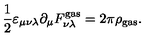
\frac 1 2 \varepsilon _ { \mu \nu \lambda } \partial _ { \mu } F _ { \nu \lambda } ^ { \mathrm { g a s } } = 2 \pi \rho _ { \mathrm { g a s } } .